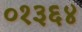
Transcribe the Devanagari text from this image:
०१३६४